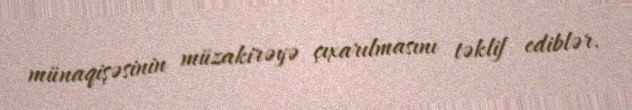
münaqişəsinin müzakirəyə çıxarılmasını təklif ediblər.